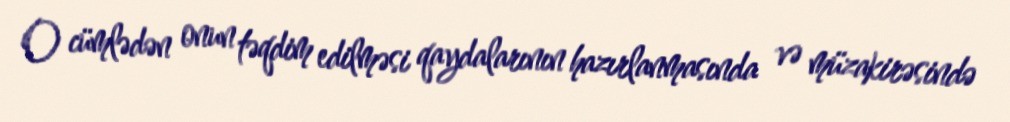
O cümlədən onun təqdim edilməsi qaydalarının hazırlanmasında və müzakirəsində